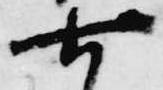
七